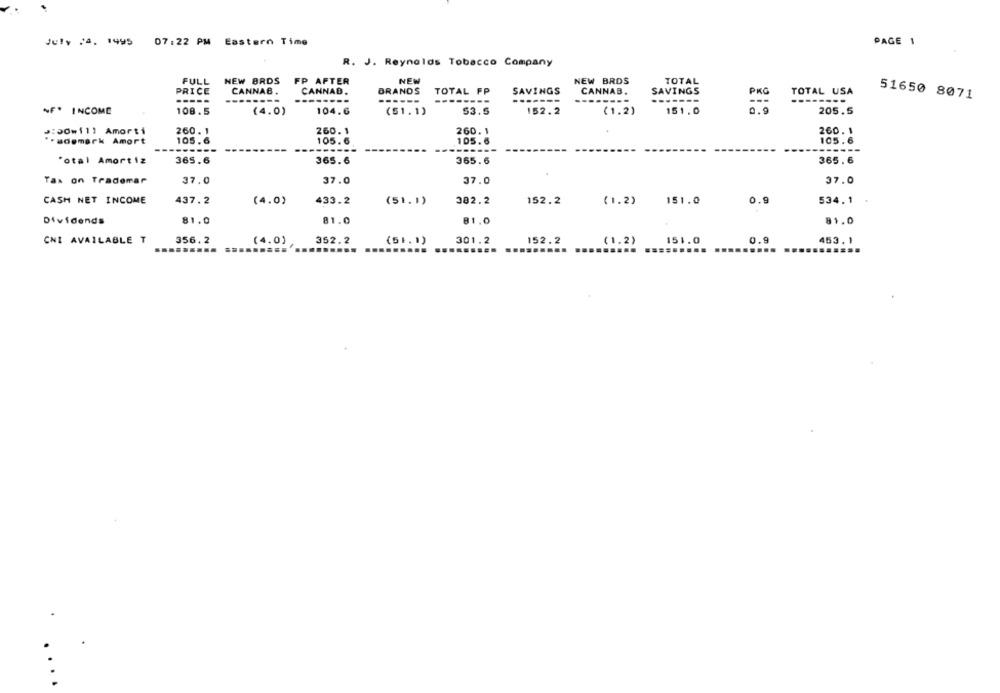
July 24. 1995
07:22 PM Eastern Time
PAGE 1
R. J. Reynolds Tobacco Company
FULL
NEW BRDS
FP AFTER
NEW
NEW BRDS
TOTAL
PRICE
CANNAB.
BRANDS
SAVINGS
CANNAB.
SAVINGS
PKG
TOTAL USA
CANNAB.
TOTAL FP
51650 8071
--------
-------
------
------
-------
------..
F* INCOME
108.5
(4.0)
104.6
($1.1)
53.5
152.2
(1.2)
151.0
0.9
205.5
200wi1) Amorti
260. 1
260.1
260. 1
260. 1
·ademark Amort
105.6
105.6
105.6
105.6
-------
---
-------
"otal Amortiz
365.6
365.6
365.6
365.6
Tax on Trademar
37.0
37.0
37.0
37.0
CASH NET INCOME
437.2
(4.0)
433.2
(51.1)
382.2
152.2
(1.2)
151.0
0.9
534.1
Dividends
81.0
81.0
81.0
81.0
CNI AVAILABLE T
356.2
(4.0)
352.2
(51.1)
301.2
152.2
(1.2)
151.0
0.9
453.1
...